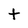
Character: t